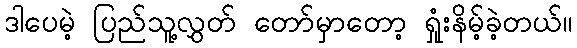
ဒါပေမဲ့ ပြည်သူ့လွှတ် တော်မှာတော့ ရှုံးနိမ့်ခဲ့တယ်။